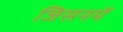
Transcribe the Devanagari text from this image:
जिसनमें